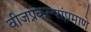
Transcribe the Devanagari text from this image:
वीजप्रकल्पांप्रमाणे